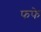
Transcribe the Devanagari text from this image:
फफे